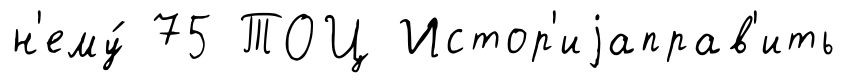
н'ему́ 75 ТОЦ Истор'иjаправ'ить